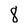
Character: 8